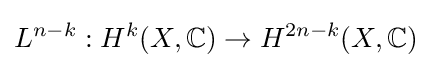
L^{n-k}:H^{k}(X,\mathbb {C} )\to H^{2n-k}(X,\mathbb {C} )